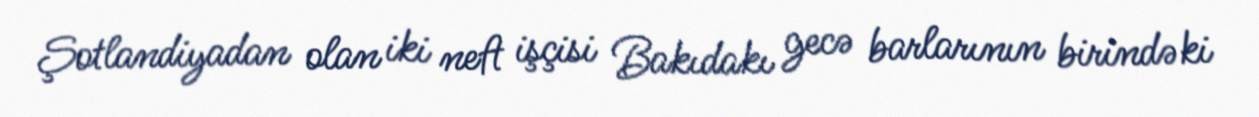
Şotlandiyadan olan iki neft işçisi Bakıdakı gecə barlarının birindəki